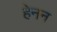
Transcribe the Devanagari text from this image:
हेनन